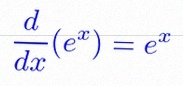
\frac{d}{dx}(e^x)=e^x